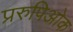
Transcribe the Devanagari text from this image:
प्ररुपिओक